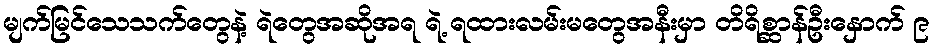
မျက်မြင်သေသက်တွေနဲ့ ရဲတွေအဆိုအရ ရဲ့ ရထားလမ်းမတွေအနီးမှာ တိရိစ္ဆာန်ဦးနှောက် ၉